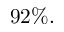
9 2 \% .